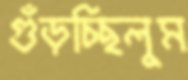
গুঁড়চ্ছিলুম